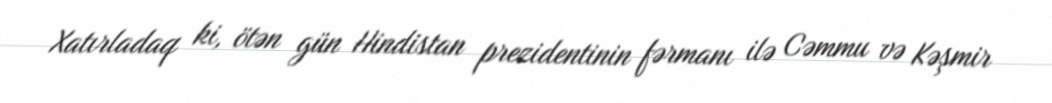
Xatırladaq ki, ötən gün Hindistan prezidentinin fərmanı ilə Cəmmu və Kəşmir